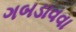
ગબડાવવા